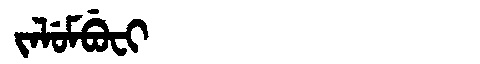
Manchu: ᠵᠠᠯᡠᠮᠪᡠᠸᡳ
Romanization: JALUMBUFI